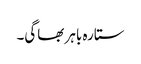
ستارہ باہر بھاگی۔